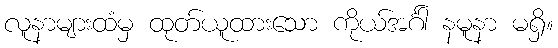
လူနာများထံမှ ထုတ်ယူထားသော ကိုယ်အင်္ဂါ နမူနာ မရှိ။